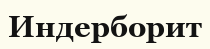
Индерборит